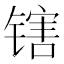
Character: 𬭪